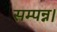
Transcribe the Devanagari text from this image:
सम्पन्न।